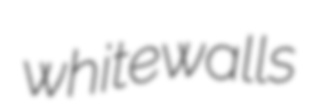
whitewalls